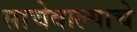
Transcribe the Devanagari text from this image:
साचेवाल्याचे